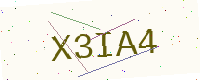
Text: X3IA4